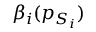
\beta _ { i } ( p _ { S _ { i } } )